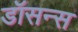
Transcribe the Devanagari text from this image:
डॉसन्स